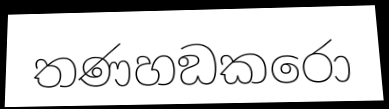
තණහඞකරො